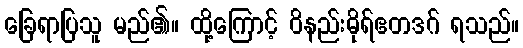
ခြေရာပြသူ မည်၏။ ထို့ကြောင့် ဝိနည်းဓိုရ်ဧတဒဂ် ရသည်။